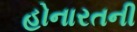
હોનારતની